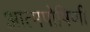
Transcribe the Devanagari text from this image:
आत्मपोषिणी